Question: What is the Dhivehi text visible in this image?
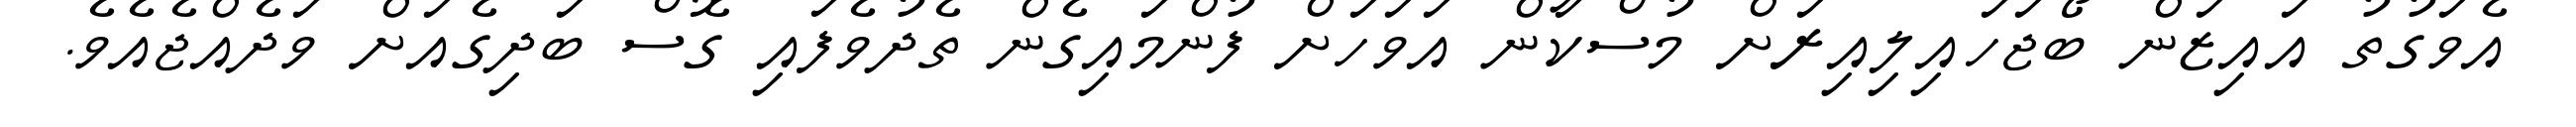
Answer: އެވަގުތު އައިޒަން ބޯޖަހައިލިއިރަށް މުސްކާން އަވަހަށް ފުންމައިގެން ތެދުވެފައި ގޮސް ބަދިގެއަށް ވަދެއްޖެއެވެ.